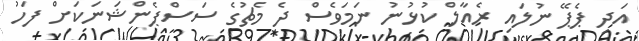
އަދި ޕެޕޭ ނުލައި ރެއާލް ކުޅުނު ނަމަވެސް ދެ މެޗުގެ ސަސްޕެންޝަނަކަށް ފަހު